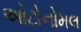
ઓટોનોમલ